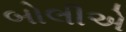
બોલીએ